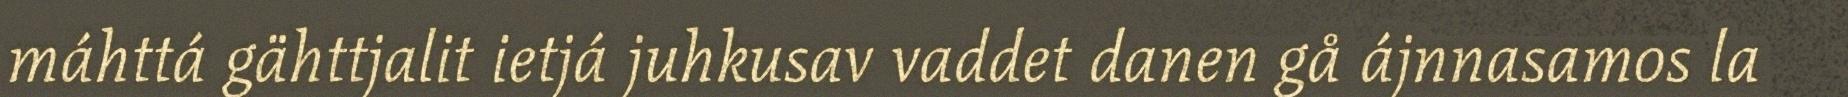
máhttá gähttjalit ietjá juhkusav vaddet danen gå ájnnasamos la